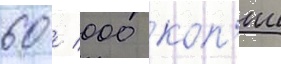
60 / 000 коп'ии